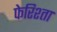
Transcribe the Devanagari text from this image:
फेरिश्ता